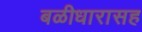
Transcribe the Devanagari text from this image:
बळीधारासह